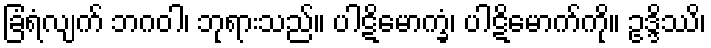
ခြံရံလျက် ဘဂဝါ၊ ဘုရားသည်။ ပါဋိမောက္ခံ၊ ပါဋိမောက်ကို။ ဥဒ္ဒိဿိ၊